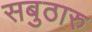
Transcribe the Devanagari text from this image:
सबुठारु